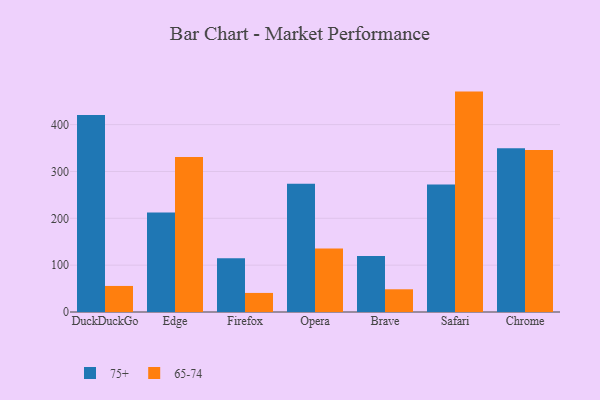
{"axis": {"x": "Browser", "y": "Bounce Rate (%)"}, "legend": ["65-74", "75+"], "data": [{"x": "DuckDuckGo", "y": 420.8, "type": "75+"}, {"x": "DuckDuckGo", "y": 55.6, "type": "65-74"}, {"x": "Edge", "y": 212.5, "type": "75+"}, {"x": "Edge", "y": 330.8, "type": "65-74"}, {"x": "Firefox", "y": 114.7, "type": "75+"}, {"x": "Firefox", "y": 40.7, "type": "65-74"}, {"x": "Opera", "y": 273.7, "type": "75+"}, {"x": "Opera", "y": 135.3, "type": "65-74"}, {"x": "Brave", "y": 119.7, "type": "75+"}, {"x": "Brave", "y": 48.5, "type": "65-74"}, {"x": "Safari", "y": 272.2, "type": "75+"}, {"x": "Safari", "y": 470.5, "type": "65-74"}, {"x": "Chrome", "y": 349.8, "type": "75+"}, {"x": "Chrome", "y": 345.9, "type": "65-74"}]}